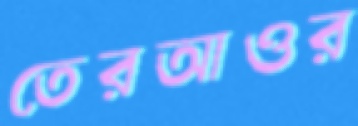
তেরআওর